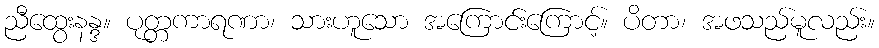
ညီထွေးနန္ဒ။ ပုတ္တကာရဏာ၊ သားဟူသော အကြောင်းကြောင့်။ ပိတာ၊ အဖသည်မူလည်း။